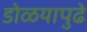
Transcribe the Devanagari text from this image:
डोळयापुढे